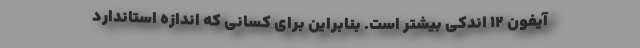
آیفون ۱۲ اندکی بیشتر است. بنابراین برای کسانی که اندازه استاندارد